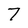
Character: 7